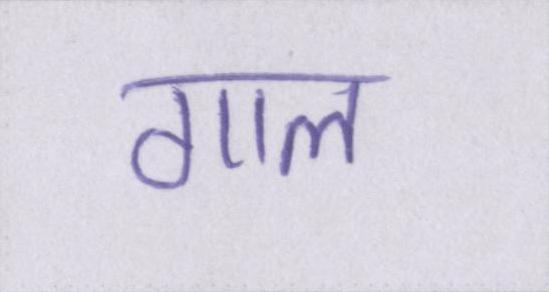
गाल